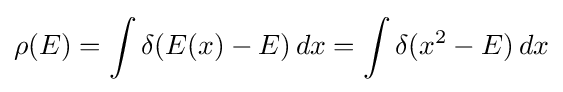
\rho (E)=\int \delta (E(x)-E)\,dx=\int \delta (x^{2}-E)\,dx